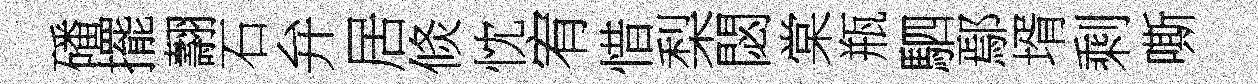
磻擺翿石弁居倐忱宥惜梨閟棠瓶駟鄢壻剩嘶